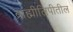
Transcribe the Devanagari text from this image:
ब्राह्मीलिपीतील